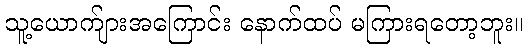
သူ့ယောက်ျားအကြောင်း နောက်ထပ် မကြားရတော့ဘူး။